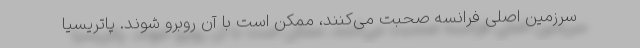
سرزمین اصلی فرانسه صحبت می‌کنند، ممکن است با آن روبرو شوند. پاتریسیا